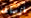
ارسالها